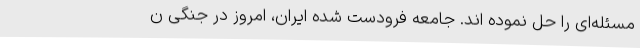
مسئله‌ای را حل نموده اند. جامعه فرودست شده ایران، امروز در جنگی ن